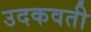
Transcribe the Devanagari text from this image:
उदकवती